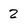
Character: 2